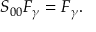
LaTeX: S _ { 0 0 } F _ { \gamma } = F _ { \gamma } .